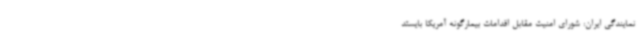
نمایندگی ایران: شورای امنیت مقابل اقدامات بیمارگونه آمریکا بایستد